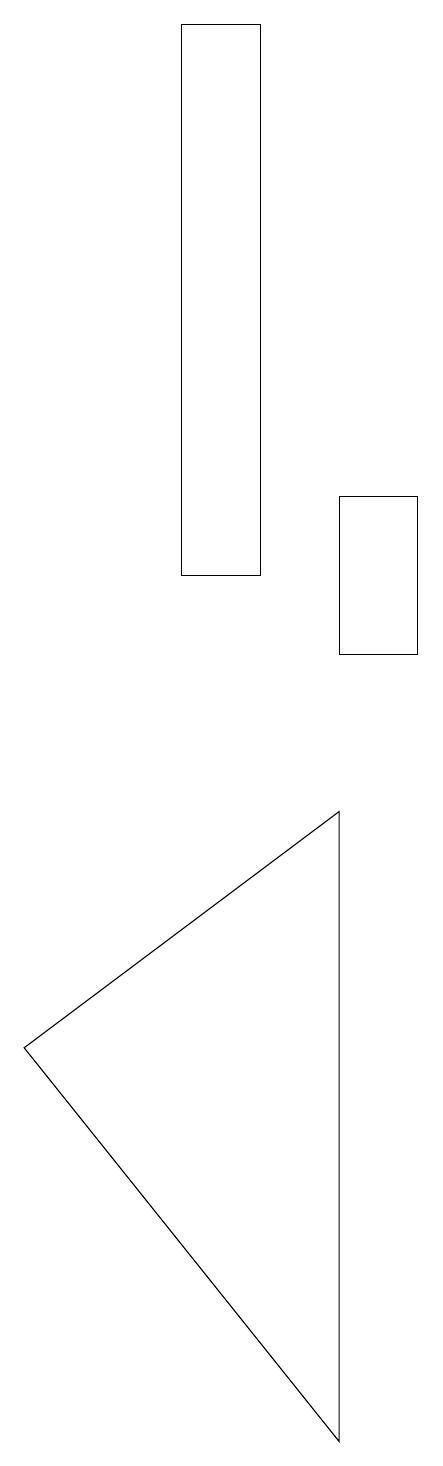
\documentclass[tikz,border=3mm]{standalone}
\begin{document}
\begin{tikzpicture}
\draw (9,10) rectangle (8,12);
\draw (4,5) -- (8,8) -- (8,0) -- cycle;
\draw (6,11) rectangle (7,18);
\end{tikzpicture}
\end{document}